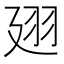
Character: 𢌟